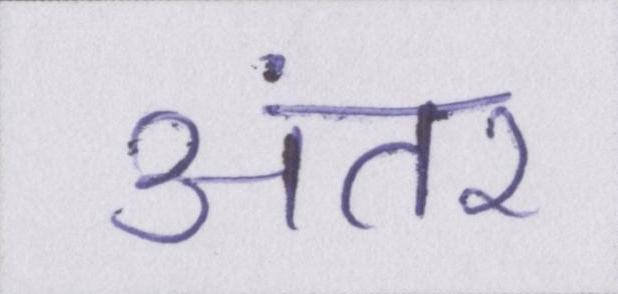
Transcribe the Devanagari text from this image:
अंतर